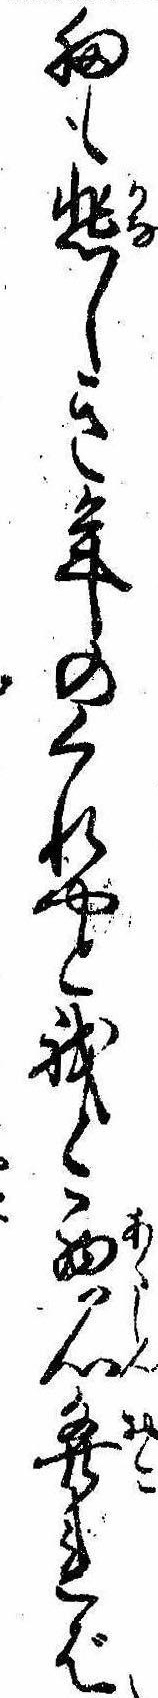
扨も悲しき年のくれやと我と悪心発れば